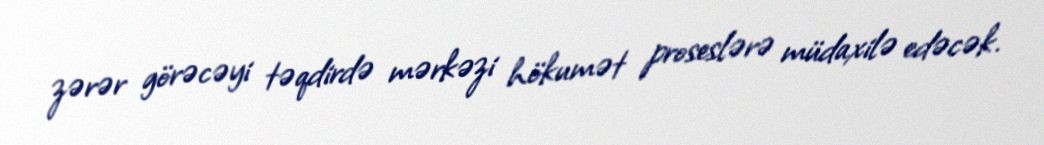
zərər görəcəyi təqdirdə mərkəzi hökumət proseslərə müdaxilə edəcək.